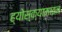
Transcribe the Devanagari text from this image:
ह्योस्क्यामाइन